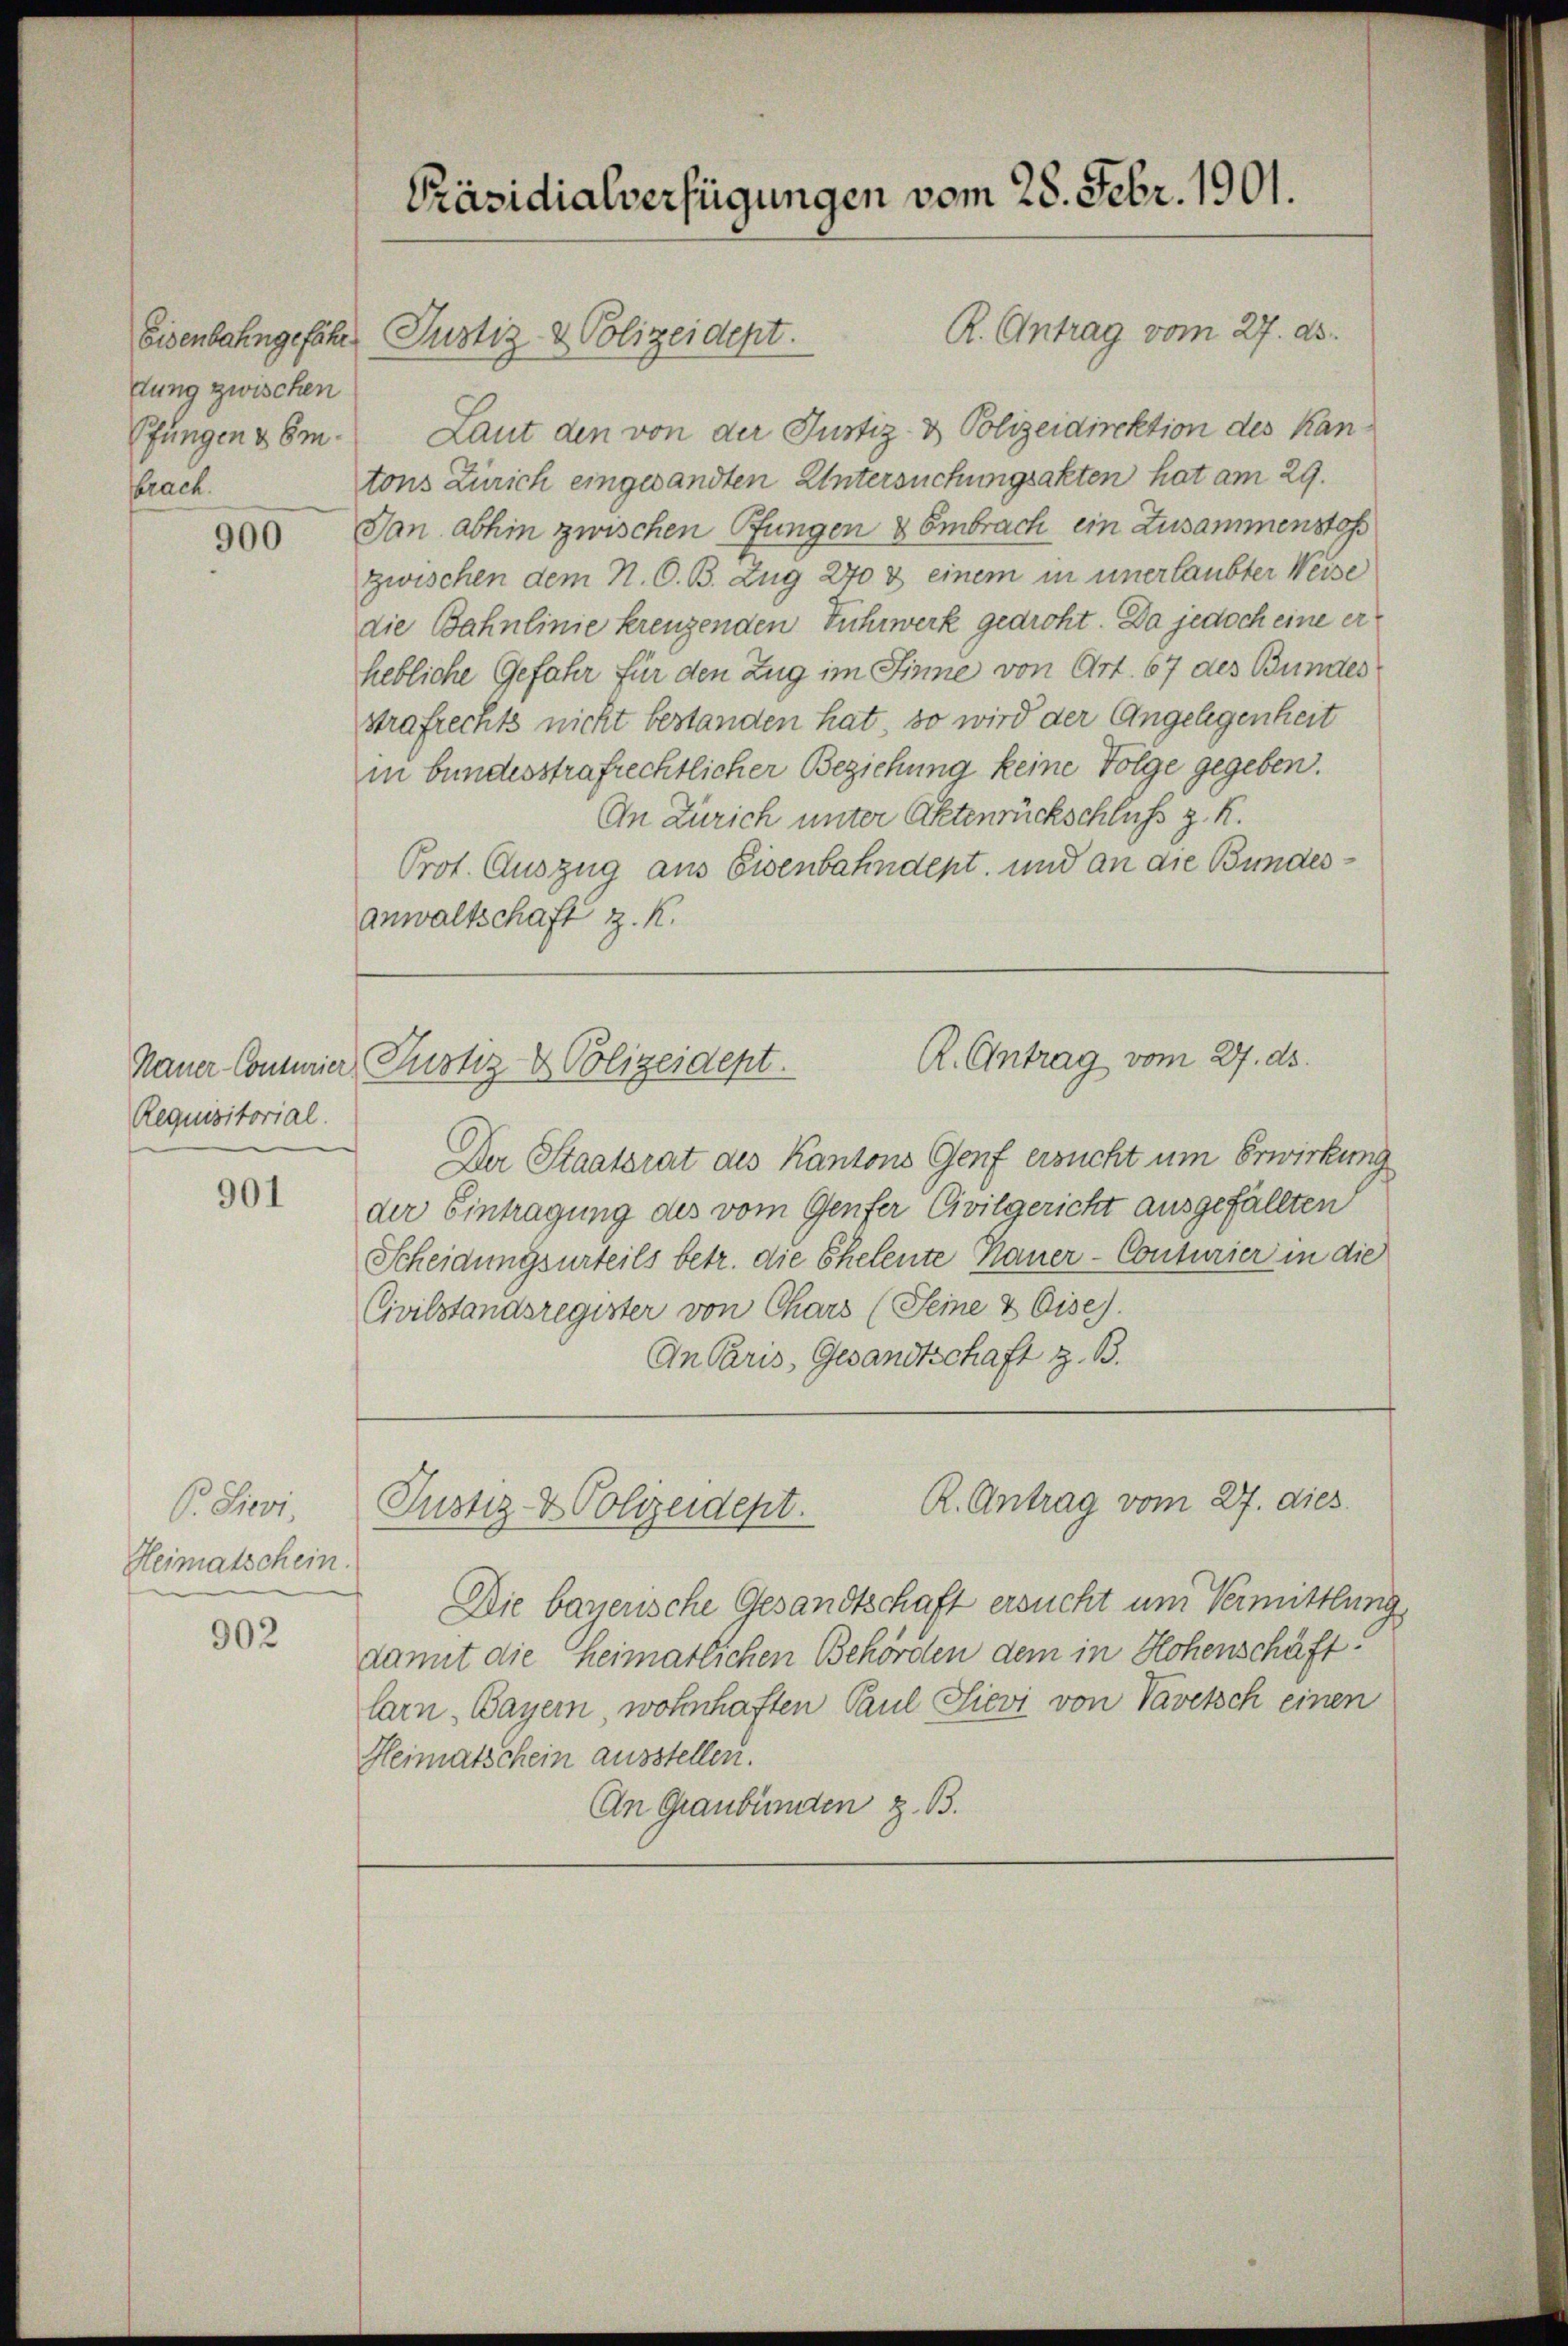
dung zwischen
brach.

900

Requisitorial.

901

V. Chri
Heimatschein.

902

R. Antrag vom 27. ds.
Eisenbahngefähr Justiz & Polizeidept.
Pfungen & 6m. Laut den von der Justiz- & Polizeidirektion des Kantons Zürich eingesandten Untersuchungsakten hat am 29.
Dan abhin zwischen Pfungen & Embrach ein Zusammenstoss
zwischen dem N. O. B. Zug 270 & einem in unerlaubter Weise
die Bahnlinie kreuzenden Fuhrwerk gedroht. Da jedoch eine erhebliche Gefahr für den Zug im Sinne von Art. 67 des Bundes
strafrechts nicht bestanden hat, so wird der Angelegenheit
in bundesstrafrechtlicher Beziehung keine Folge gegeben.
An Zürich unter Aktenrückschluss z. R.
Prot. Auszug aus Eisenbahndept, und an die Bundesanwaltschaft z. K.

Präsidialverfügungen vom 28. Febr. 1901.

R. Antrag vom 27. ds.
Nauer Commier, Pustiz- & Polizeidept.

Der Staatsrat des Kantons Genf ersucht um Erwirkung
der Eintragung des vom Genfer Civilgericht ausgefällten
Scheidungsurteils betr. die Eheleute Mauer-Conturier in die
Civilstandsregister von Chars (Seine & Eise).
An Paris, Gesandtschaft z. B.

R. Antrag vom 27. dies
Justiz- & Polizeidept.

Die bauerische Gesandtschaft ersucht um Vermittlung,
damit die heimatlichen Behörden dem in Hohenschäft
larn, Bayern, wohnhaften Paul Sievi von Vavetsch einen
Heimatschein ausstellen.
An Graubünden z. B.